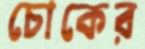
চোকের